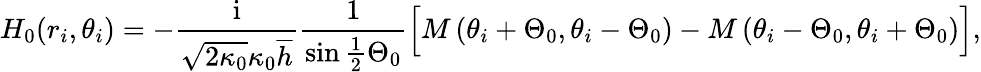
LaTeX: H_{0}(r_{i},\theta_{i})=-\frac{\mathrm{i}}{\sqrt{2\kappa_{0}}\kappa_{0}\overline{{h}}}\frac{1}{\sin\frac{1}{2}\Theta_{0}}\Big[M\left(\theta_{i}+\Theta_{0},\theta_{i}-\Theta_{0}\right)-M\left(\theta_{i}-\Theta_{0},\theta_{i}+\Theta_{0}\right)\Big],